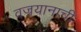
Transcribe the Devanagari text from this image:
वज्रयानाची